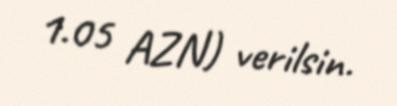
1.05 AZN) verilsin.